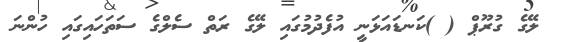
ލޭގެ ގުރޫޕް ( )ކަނޑައަޅަނީ އުފެދުމުގައި ލޭގެ ރަތް ސެލްގެ ސަތަހައިގައި ހުންނަ